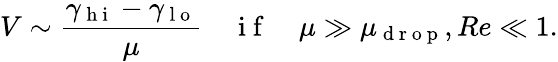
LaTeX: V\sim\frac{\gamma_{\mathrm{~h~i~}}-\gamma_{\mathrm{~l~o~}}}{\mu}\quad\mathrm{~i~f~}\quad\mu\gg\mu_{\mathrm{~d~r~o~p~}},Re\ll 1.